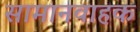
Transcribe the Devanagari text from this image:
सामानवाहक